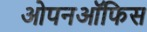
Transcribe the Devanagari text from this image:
ओपनऑफिस